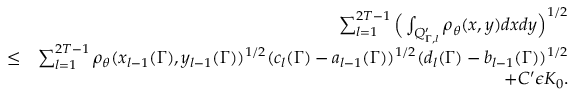
\begin{array} { r l r } & { } & { \sum _ { l = 1 } ^ { 2 T - 1 } \Big ( \int _ { Q _ { \Gamma , l } ^ { \prime } } \rho _ { \theta } ( x , y ) d x d y \Big ) ^ { 1 \slash 2 } } \\ & { \leq } & { \sum _ { l = 1 } ^ { 2 T - 1 } \rho _ { \theta } ( x _ { l - 1 } ( \Gamma ) , y _ { l - 1 } ( \Gamma ) ) ^ { 1 \slash 2 } ( c _ { l } ( \Gamma ) - a _ { l - 1 } ( \Gamma ) ) ^ { 1 \slash 2 } ( d _ { l } ( \Gamma ) - b _ { l - 1 } ( \Gamma ) ) ^ { 1 \slash 2 } } \\ & { } & { + C ^ { \prime } \epsilon K _ { 0 } . } \end{array}